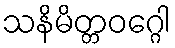
သနိမိတ္တဝဂ္ဂေါ